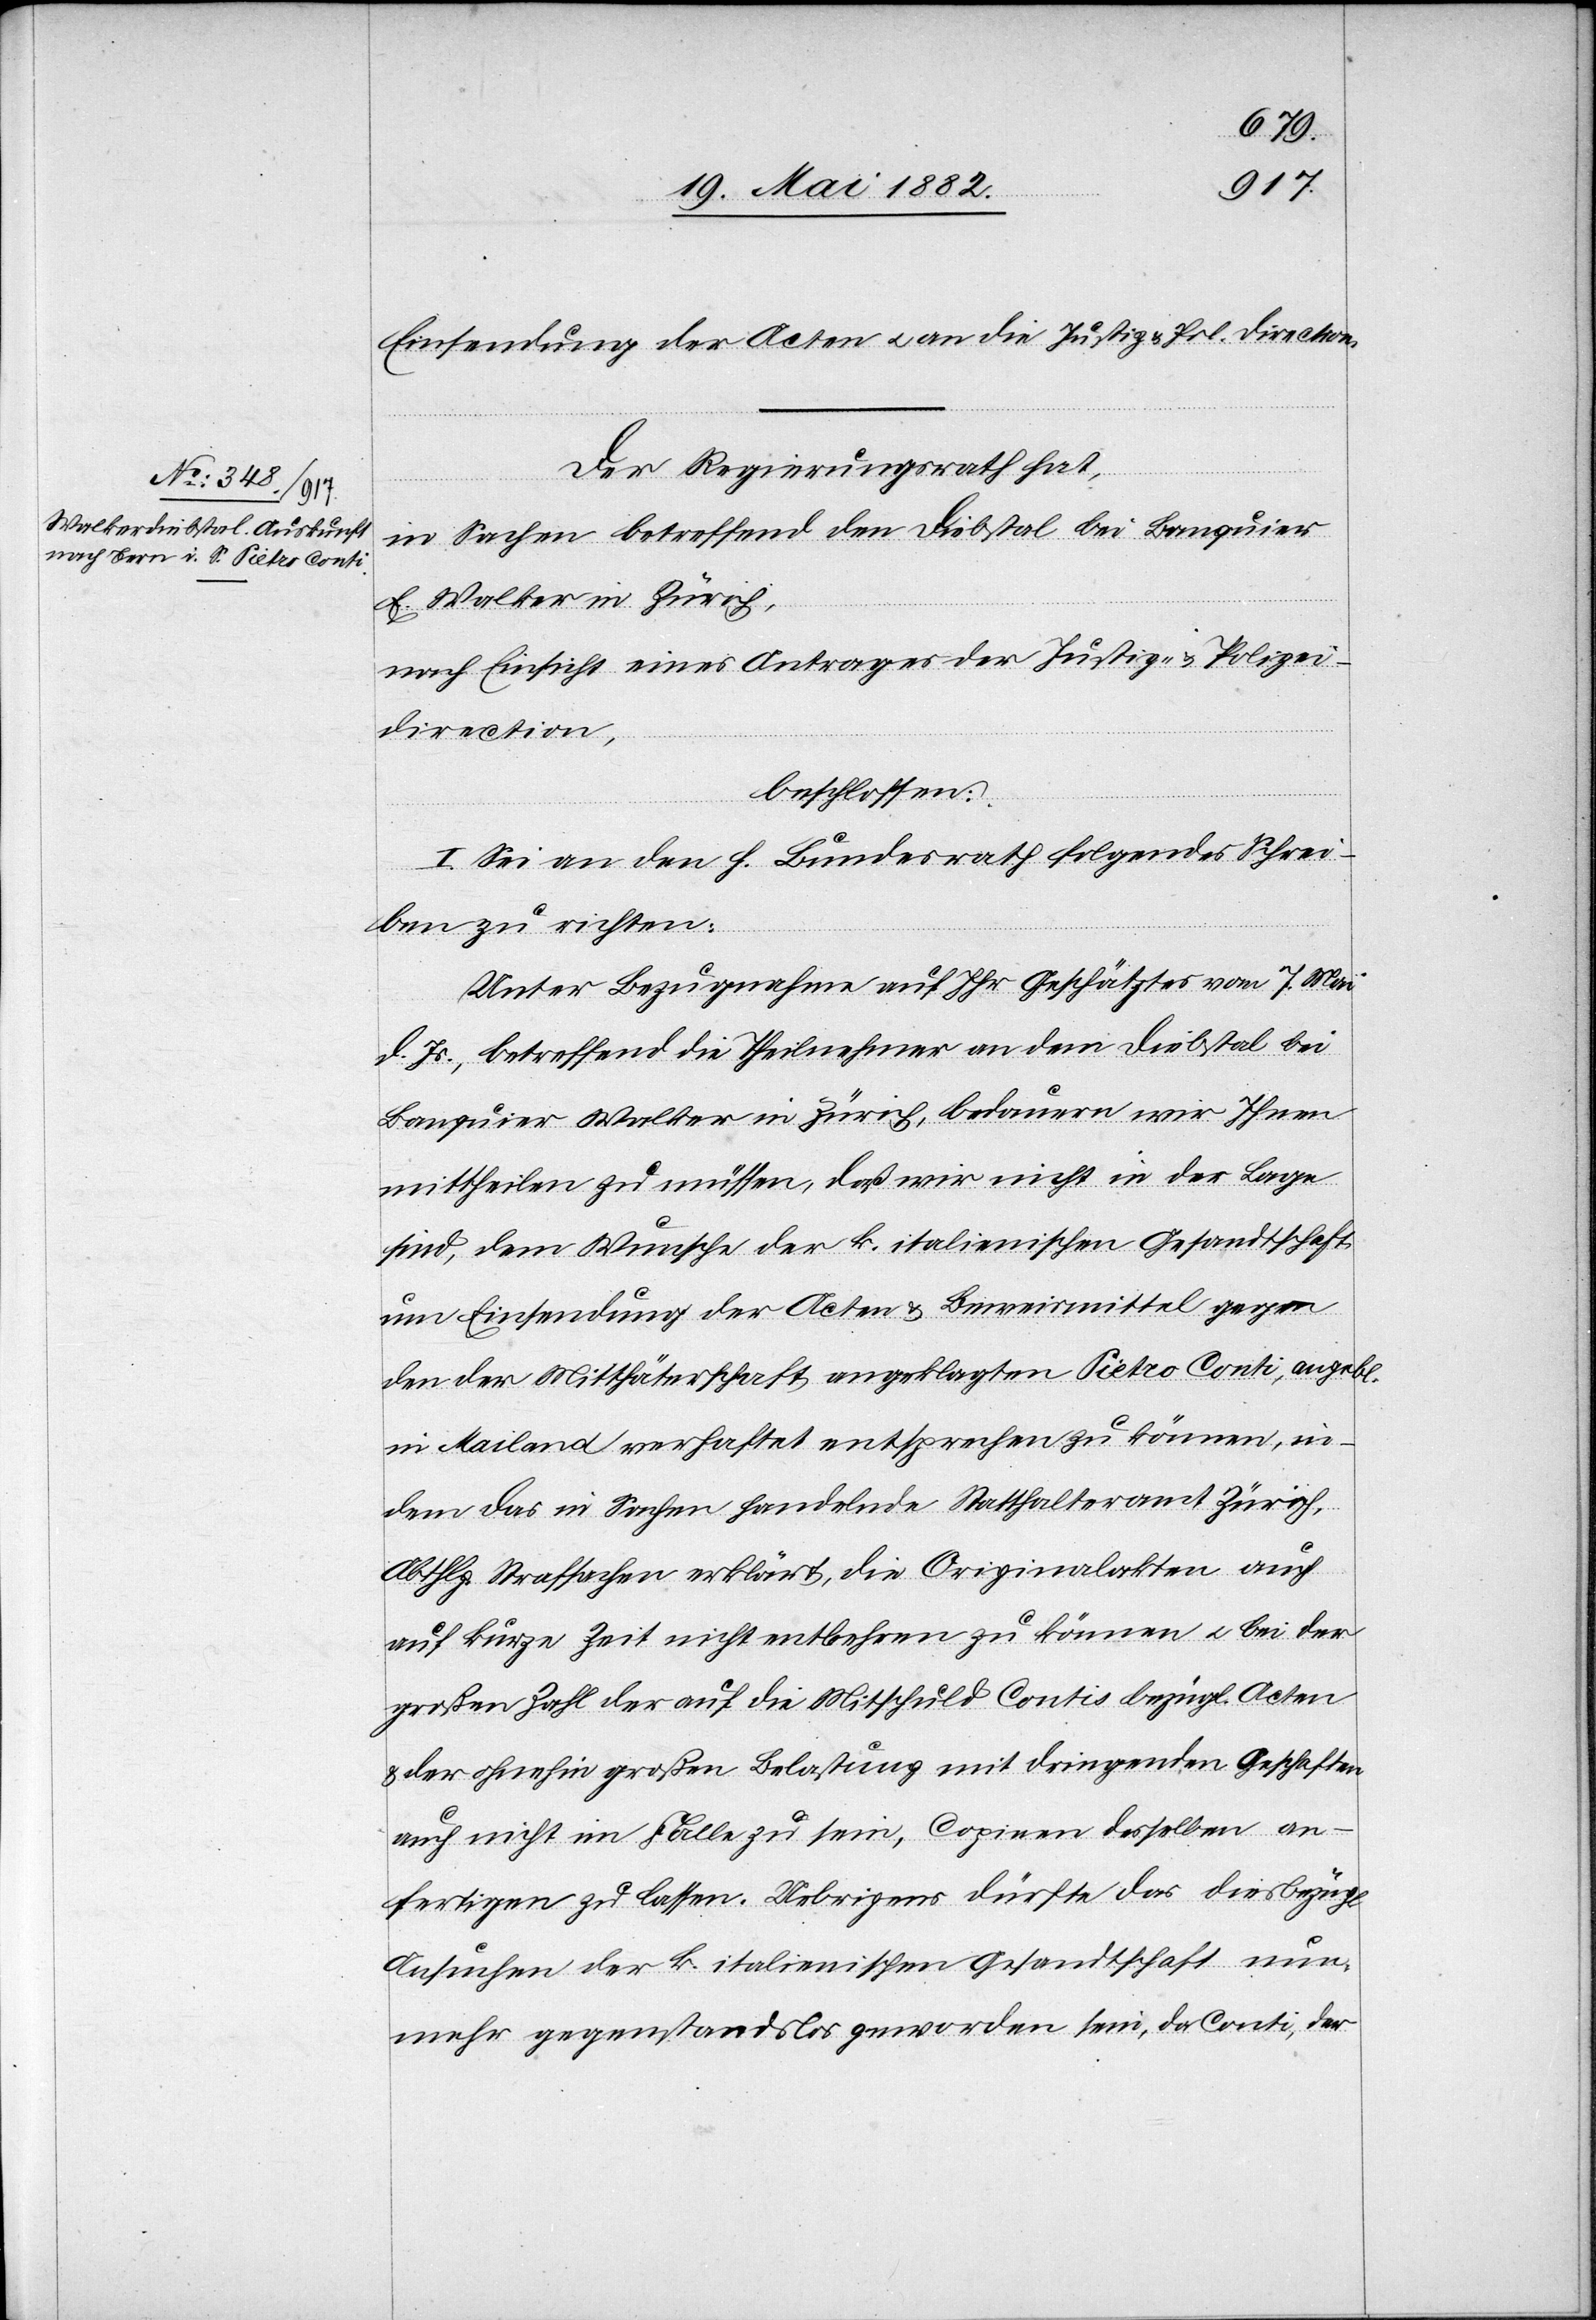
Einsendung der Acten u. an die Justiz- u. Pol. Direction.
Der Regierungsrath hat,
in Sachen betreffend den Diebstal bei Banquier
E. Walker in Zürich,
nach Einsicht eines Antrages der Justiz- & Polizei¬
direction,
beschlossen:
I. Sei an den h. Bundesrath folgendes Schrei¬
ben zu richten:
Unter Bezugnahme auf Ihr Geschätztes vom 7. Mai
d. Js., betreffend die Theilnehmer an dem Diebstal bei
Banquier Walker in Zürich, bedauern wir Ihnen
mittheilen zu müssen, daß wir nicht in der Lage
sind, dem Wunsche der k. italienischen Gesandtschaft
um Einsendung der Acten & Beweismittel gegen
den der Mitthäterschaft angeklagten Pietro Conti, angebl.
in Mailand verhaftet entsprechen zu können, in¬
dem das in Sachen handelnde Statthalteramt Zürich,
Abthlg. Strafsachen erklärt, die Originalakten auch
auf kurze Zeit nicht entbehren zu können u. bei der
großen Zahl der auf die Mitschuld Contis bezügl. Acten
& der ohnehin großen Belastung mit dringenden Geschäften
auch nicht im Falle zu sein, Copien desselben
anfertigen zu lassen. Uebrigens dürfte das diesbezügliche
Ansuchen der k. italienischen Gesandtschaft nun
mehr gegenstandslos geworden sein, da Conti, der